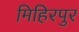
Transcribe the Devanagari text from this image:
मिहिरपुर